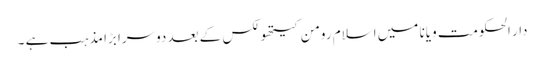
دار الحکومت ویانا میں اسلام رومن کیتھولکس کے بعد دوسرا بڑا مذہب ہے ۔